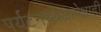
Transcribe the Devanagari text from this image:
पर्यटनस्थळापेक्षाही